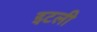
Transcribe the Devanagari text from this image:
इटली